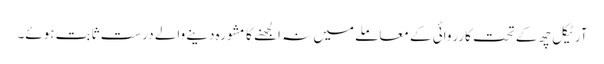
آرٹیکل چھ کے تحت کارروائی کے معاملے میں نہ الجھنے کا مشورہ دینے والے درست ثابت ہوئے۔